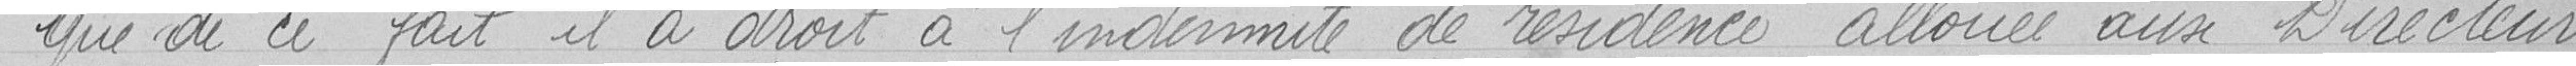
Que de ce fait il a droit à l'indemnité de résidence allouée aux Directeurs